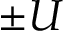
\pm U